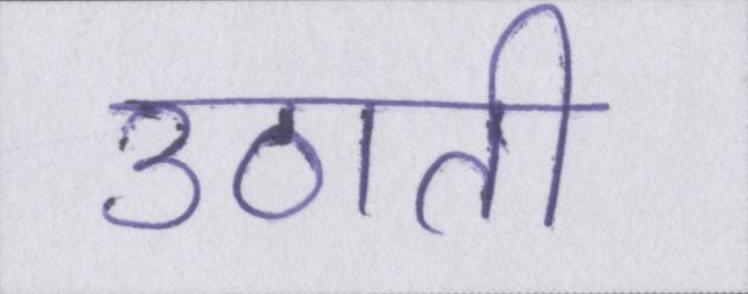
उठाती